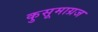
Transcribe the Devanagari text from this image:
कुसूमाग्रज